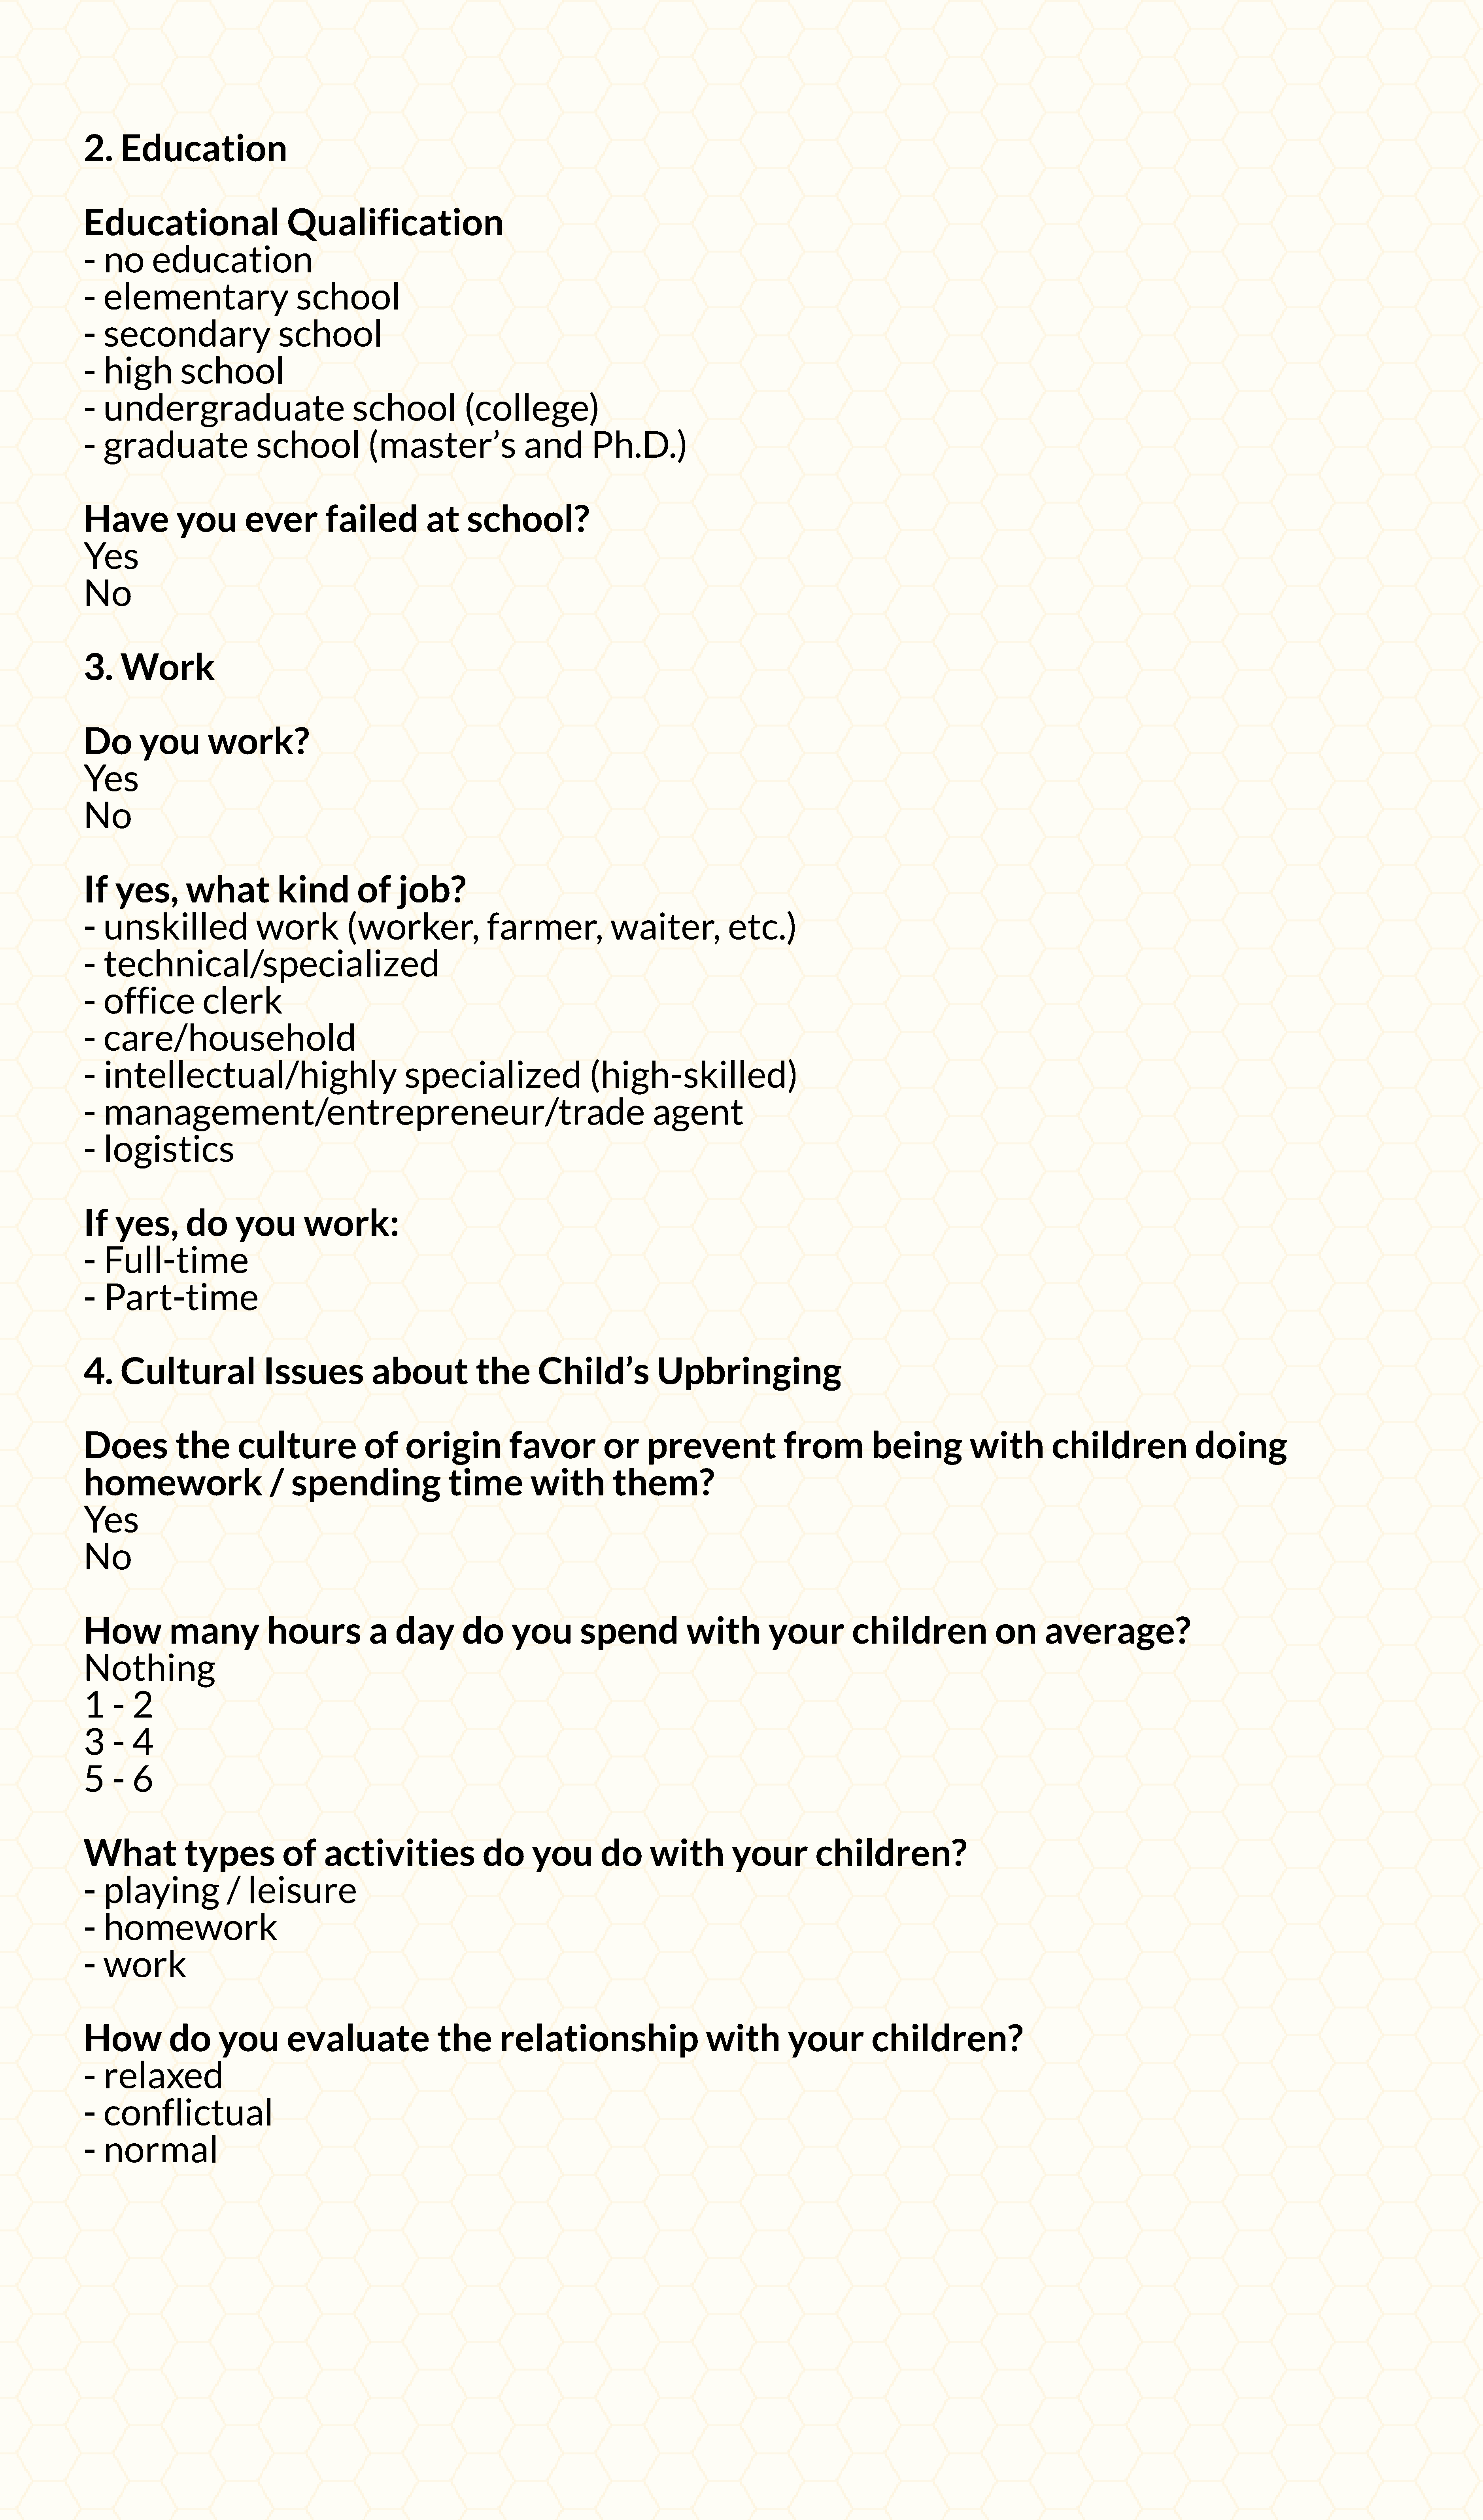
2.    Education
 Educational                       Qualification
 -  no      education
 -  elementary                       school
 -  secondary                     school
 -  high         school
 -  undergraduate                             school             (college)
 -  graduate                  school             (master’s                 and        Ph.D.)
 Have            you        ever         failed           at     school?
 Yes
 No
 3.    Work
 Do       you         work?
 Yes
 No
 If   yes,        what           kind          of     job?
 -  unskilled                 work           (worker,                farmer,             waiter,             etc.)
 -  technical/specialized
 -  office           clerk
 -  care/household
 -  intellectual/highly                                specialized                    (high-skilled)
 -  management/entrepreneur/trade                                                               agent
 -  logistics
 If   yes,        do      you         work:
 -  Full-time
 -  Part-time
 4.    Cultural                Issues            about             the       Child’s             Upbringing
 Does           the        culture              of     origin           favor           or     prevent                from           being           with          children                doing
 homework                       /   spending                  time          with          them?
 Yes
 No
 How           many             hours            a   day        do       you        spend             with          your          children                on      average?
 Nothing
 1    -  2
 3    -  4
 5    -  6
 What             types           of     activities                 do      you         do      with          your          children?
 -  playing              /  leisure
 -  homework
 -  work
 How           do       you        evaluate                 the        relationship                      with          your          children?
 -  relaxed
 -  conflictual
 -  normal